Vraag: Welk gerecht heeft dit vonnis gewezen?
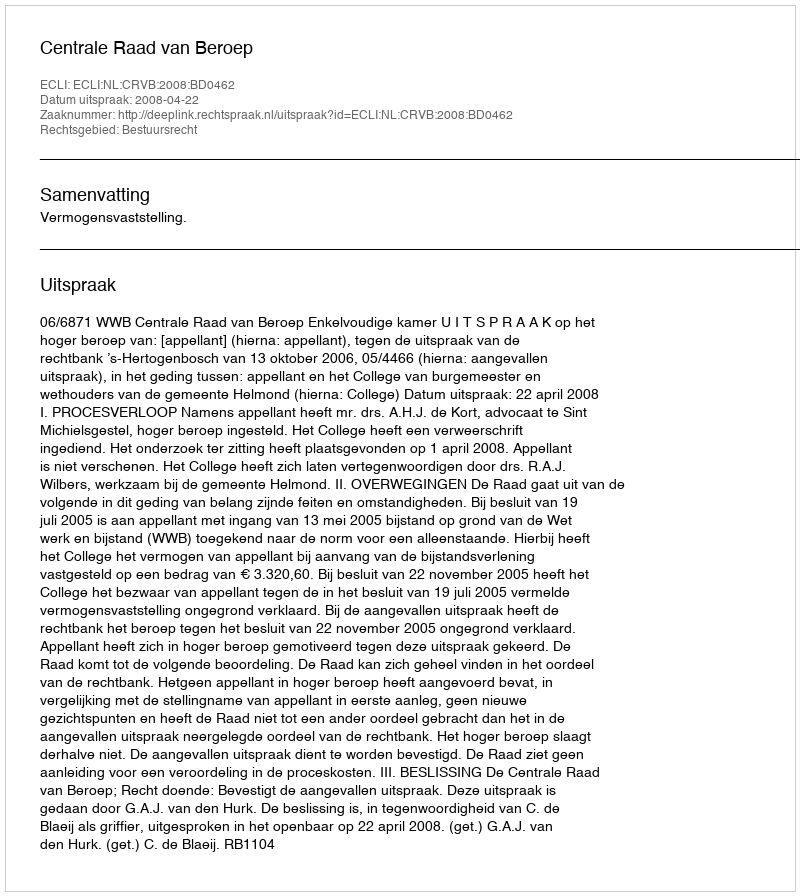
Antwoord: Centrale Raad van Beroep